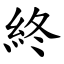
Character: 終